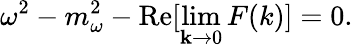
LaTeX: {\omega}^{2}-m_{\omega}^{2}-\mathrm{Re}[\operatorname*{lim}_{{\mathbf k}\rightarrow 0}F(k)]=0.